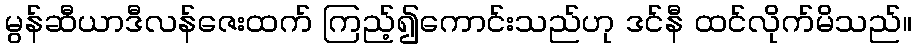
မွန်ဆီယာဒီလန်ဇေးထက် ကြည့်၍ကောင်းသည်ဟု ဒင်နီ ထင်လိုက်မိသည်။